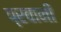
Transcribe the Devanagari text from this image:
प्रवानी